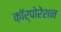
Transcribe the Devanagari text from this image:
क़ाॅर्पोरेशन